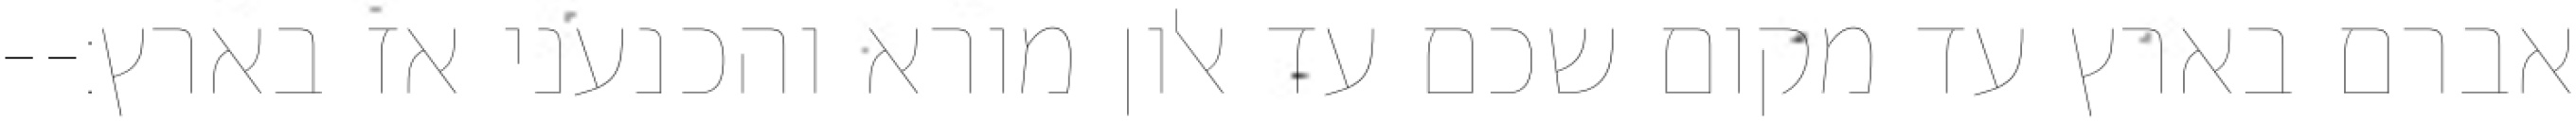
אברם בארץ עד מקום שכם עד אלון מורא והכנעני אז בארץ׃--